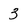
Character: 3